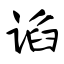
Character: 谄